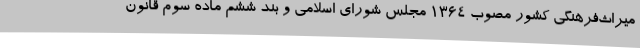
میراث‌فرهنگی کشور مصوب ۱۳۶۴ مجلس شورای اسلامی و بند ششم ماده سوم قانون